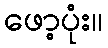
ဖော့ပုံး။